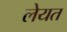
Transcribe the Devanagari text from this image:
लेयत